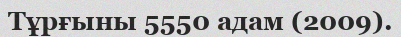
Тұрғыны 5550 адам (2009).